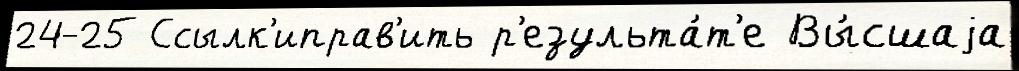
24-25 Ссылк'иправ'ить р'езульта́т'е Вы́сшаjа